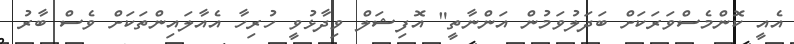
އެއީ ކޮންމެސްވަރަކަށް ބަދަލުވަމުން އަންނާތީ" އޮފިޝަލް ވިދާޅުވީ ހުރިހާ އެއާލައިންތަަކަށް ވެސް ބާރު